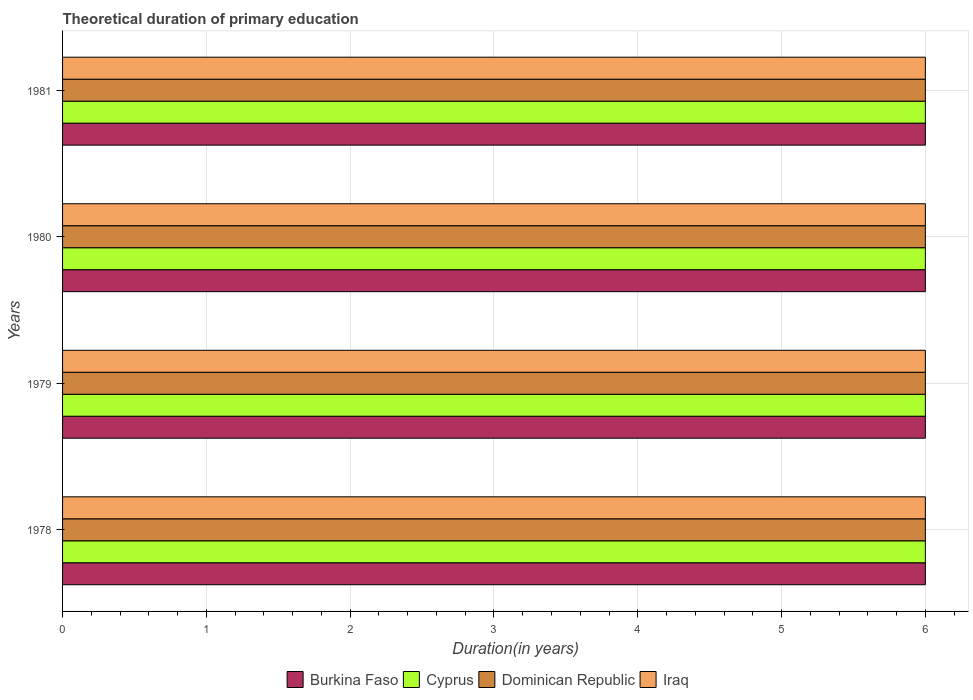
| Years | Burkina Faso | Cyprus | Dominican Republic | Iraq |
 | --- | --- | --- | --- | --- |
 | 1978 | 6 | 6 | 6 | 6 |
 | 1979 | 6 | 6 | 6 | 6 |
 | 1980 | 6 | 6 | 6 | 6 |
 | 1981 | 6 | 6 | 6 | 6 |